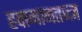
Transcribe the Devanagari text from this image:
हवामानतज्ज्ञ